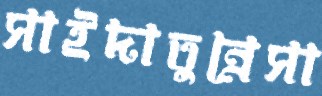
সাইদাতুন্নেসা